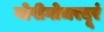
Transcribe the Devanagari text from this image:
गोपीगोचरदूरं